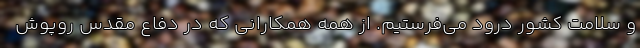
و سلامت کشور درود می‌فرستیم. از همه همکارانی که در دفاع مقدس روپوش